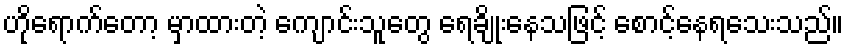
ဟိုရောက်တော့ မှာထားတဲ့ ကျောင်းသူတွေ ရေချိုးနေသဖြင့် စောင့်နေရသေးသည်။